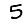
Digit: 5